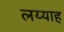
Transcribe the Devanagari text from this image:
लय्याह